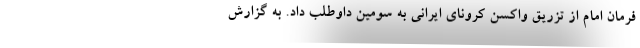
فرمان امام از تزریق واکسن کرونای ایرانی به سومین داوطلب داد. به گزارش